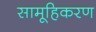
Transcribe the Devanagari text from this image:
सामूहिकरण